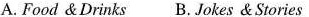
A. Food & Drinks B. Jokes & Stories